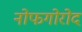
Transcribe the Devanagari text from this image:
नोफगोरोद